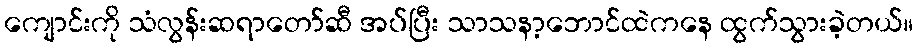
ကျောင်းကို သံလွန်းဆရာတော်ဆီ အပ်ပြီး သာသနာ့ဘောင်ထဲကနေ ထွက်သွားခဲ့တယ်။